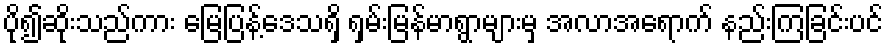
ပို၍ဆိုးသည်ကား မြေပြန့်ဒေသရှိ ရှမ်းမြန်မာရွာများမှ အလာအရောက် နည်းကြခြင်းပင်